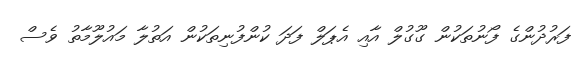
ފަރުދުންގެ ފޯނުތަކުން ގޫގުލް އާއި އެޕަލް ފަދަ ކުންފުނިތަކުން އަތުލާ މައުލޫމާތު ވެސް